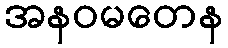
အနဝမတေန